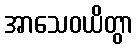
အာသေဝယိတွာ